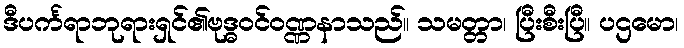
ဒီပင်္ကရာဘုရားရှင်၏ဗုဒ္ဓဝင်ဝဏ္ဏနာသည်။ သမတ္တာ၊ ပြီးစီးပြီ။ ပဌမော၊